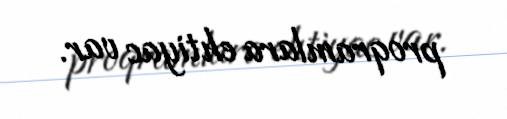
proqramlara ehtiyac var.